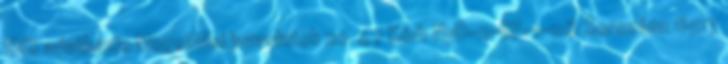
HVS adatbázis Megoldási javaslatok 22 47 Kód: NyD-2-GF-1-06 Sorszám: 6517